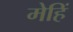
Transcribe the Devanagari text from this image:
मेहिं